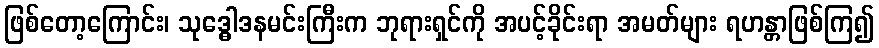
ဖြစ်တော့ကြောင်း၊ သုဒ္ဓေါဒနမင်းကြီးက ဘုရားရှင်ကို အပင့်ခိုင်းရာ အမတ်များ ရဟန္တာဖြစ်ကြ၍